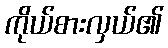
ကိုယ်စားလှယ်၏